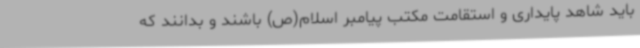
باید شاهد پایداری و استقامت مکتب پیامبر اسلام(ص) باشند و بدانند که